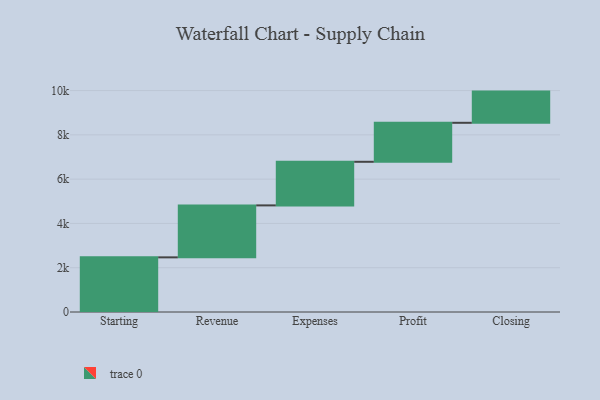
{"axis": {"x": "Step", "y": "Value"}, "legend": [""], "data": [{"x": "Starting", "y": 2468.0, "type": ""}, {"x": "Revenue", "y": 2347.0, "type": ""}, {"x": "Expenses", "y": 1969.0, "type": ""}, {"x": "Profit", "y": 1761.0, "type": ""}, {"x": "Closing", "y": 1409.0, "type": ""}]}